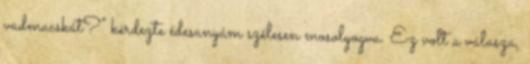
vadmacskát?” kérdezte édesanyám szélesen mosolyogva. Ez volt a válasza,